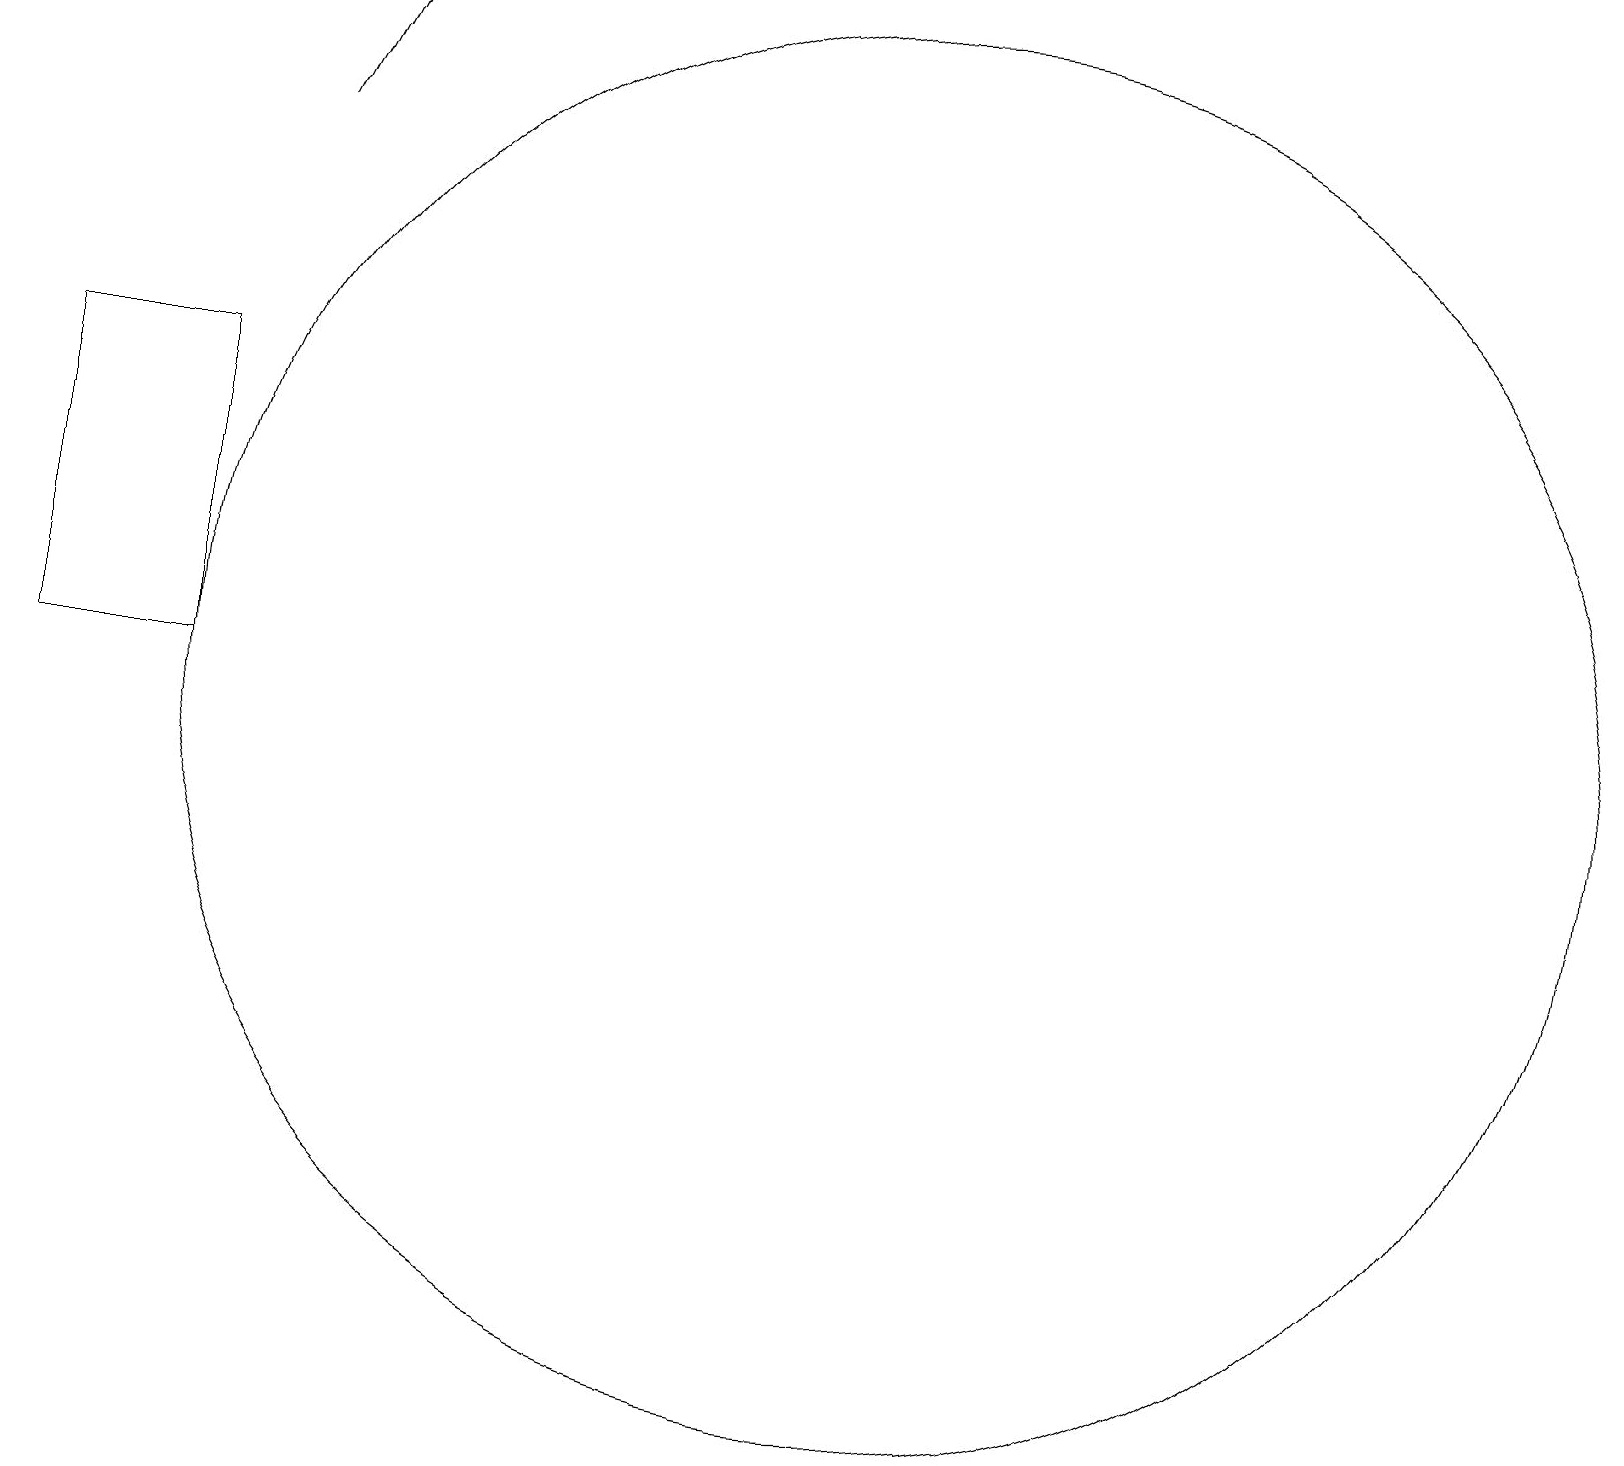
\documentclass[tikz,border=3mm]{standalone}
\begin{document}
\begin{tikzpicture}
\draw (3,10) rectangle (1,14);
\draw (12,10) circle (9);
\draw[->] (4,17) -- (5,19);
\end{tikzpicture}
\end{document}